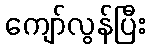
ကျော်လွန်ပြီး